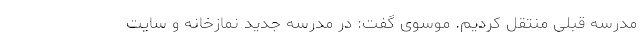
مدرسه قبلی منتقل کردیم. موسوی گفت: در مدرسه جدید نماز‌خانه و سایت